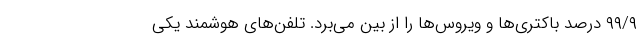
۹۹/۹ درصد باکتری‌ها و ویروس‌ها را از بین می‌برد. تلفن‌های هوشمند یکی